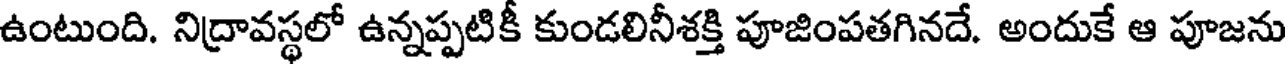
ఉంటుంది. నిద్రావస్థలో ఉన్నప్పటికీ కుండలినీశక్తి పూజింపతగినదే. అందుకే ఆ పూజను